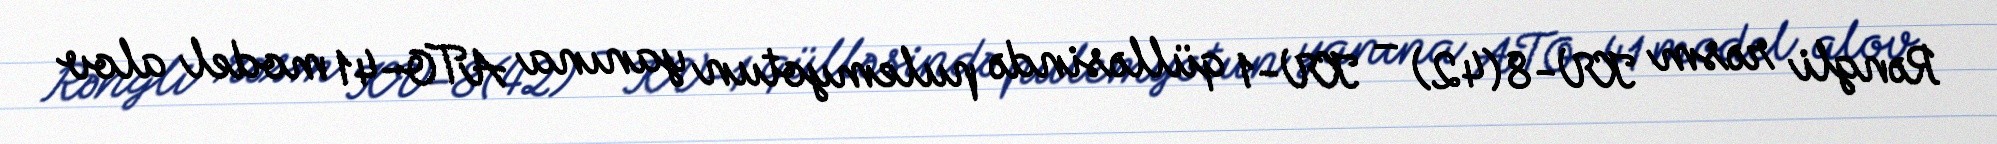
Rəngli rəsm KV-8 (42) – KV-1 qülləsində pulemyotun yanına ATO-41 model alov